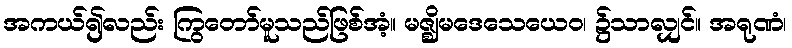
အကယ်၍လည်း ကြွတော်မူသည်ဖြစ်အံ့။ မဇ္ဈိမဒေသေယေဝ၊ ၌သာလျှင်။ အရုဏံ၊